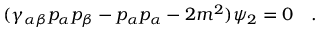
( \gamma _ { \alpha \beta } p _ { \alpha } p _ { \beta } - p _ { \alpha } p _ { \alpha } - 2 m ^ { 2 } ) \psi _ { 2 } = 0 \quad .